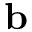
\mathbf { b }